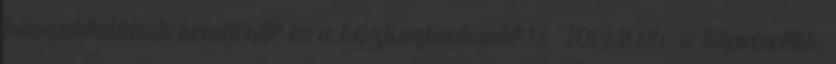
használatának rendjéről és a köztisztaságról 12 2014 11.05. a képviselők,